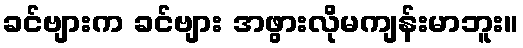
ခင်ဗျားက ခင်ဗျား အဖွားလိုမကျန်းမာဘူး။